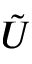
\tilde { U }